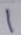
1